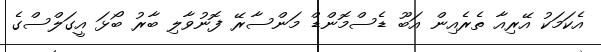
އެކަމަކު އޭރިއާ ތެރެއިން އަބޫ ޑެސްމޮންޑް މަންސާރޭ ފޮނުވާލި ބާރު ބޯޅަ އީގަލްސްގެ